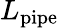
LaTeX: L_{\mathrm{pipe}}